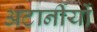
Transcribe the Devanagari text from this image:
अटार्नीयों